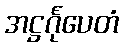
အဋ္ဌင်္ဂုပေတံ